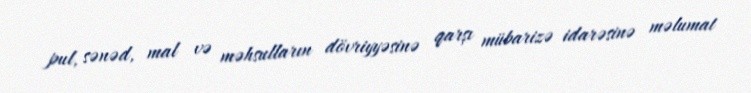
pul, sənəd, mal və məhsulların dövriyyəsinə qarşı mübarizə idarəsinə məlumat